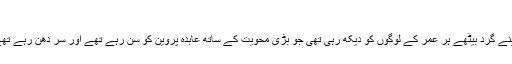
09/08/2018 نورالہدیٰ شاہ n/b Views
پچھلی رات عابدہ پروین کو رو بروُ سن رہی تھی اور اپنے گرد بیٹھے ہر عمر کے لوگوں کو دیکھ رہی تھی جو بڑی محویت کے ساتھ عابدہ پروین کو سُن رہے تھے اور سر دھُن رہے تھے، چاہے وہ اردو کلام گا رہی ہو، سندھی ہو یا پنجابی۔